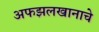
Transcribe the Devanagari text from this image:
अफझलखानाचे